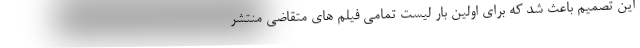
این تصمیم باعث شد که برای اولین بار لیست تمامی فیلم های متقاضی منتشر